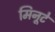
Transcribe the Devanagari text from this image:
मिनूटे